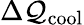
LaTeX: \Delta\mathcal{Q}_{\mathrm{{cool}}}